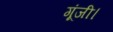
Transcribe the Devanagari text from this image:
गूंजी।